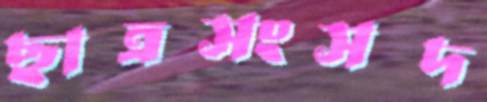
ছাত্রসংসদ